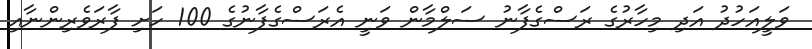
ވަލީއަހުދު އަދި މިހާރުގެ ރަސްގެފާނު ސަލްމާން ވަނީ އެރަސްގެފާނުގެ 100 ހަށި ފާރަވެރިންނާއި